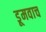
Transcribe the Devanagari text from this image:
डूमवाच